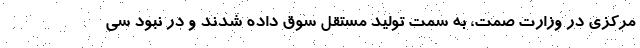
مرکزی در وزارت صمت، به سمت تولید مستقل سوق داده شدند و در نبود سی